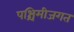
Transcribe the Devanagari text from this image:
पश्चिमीजगत